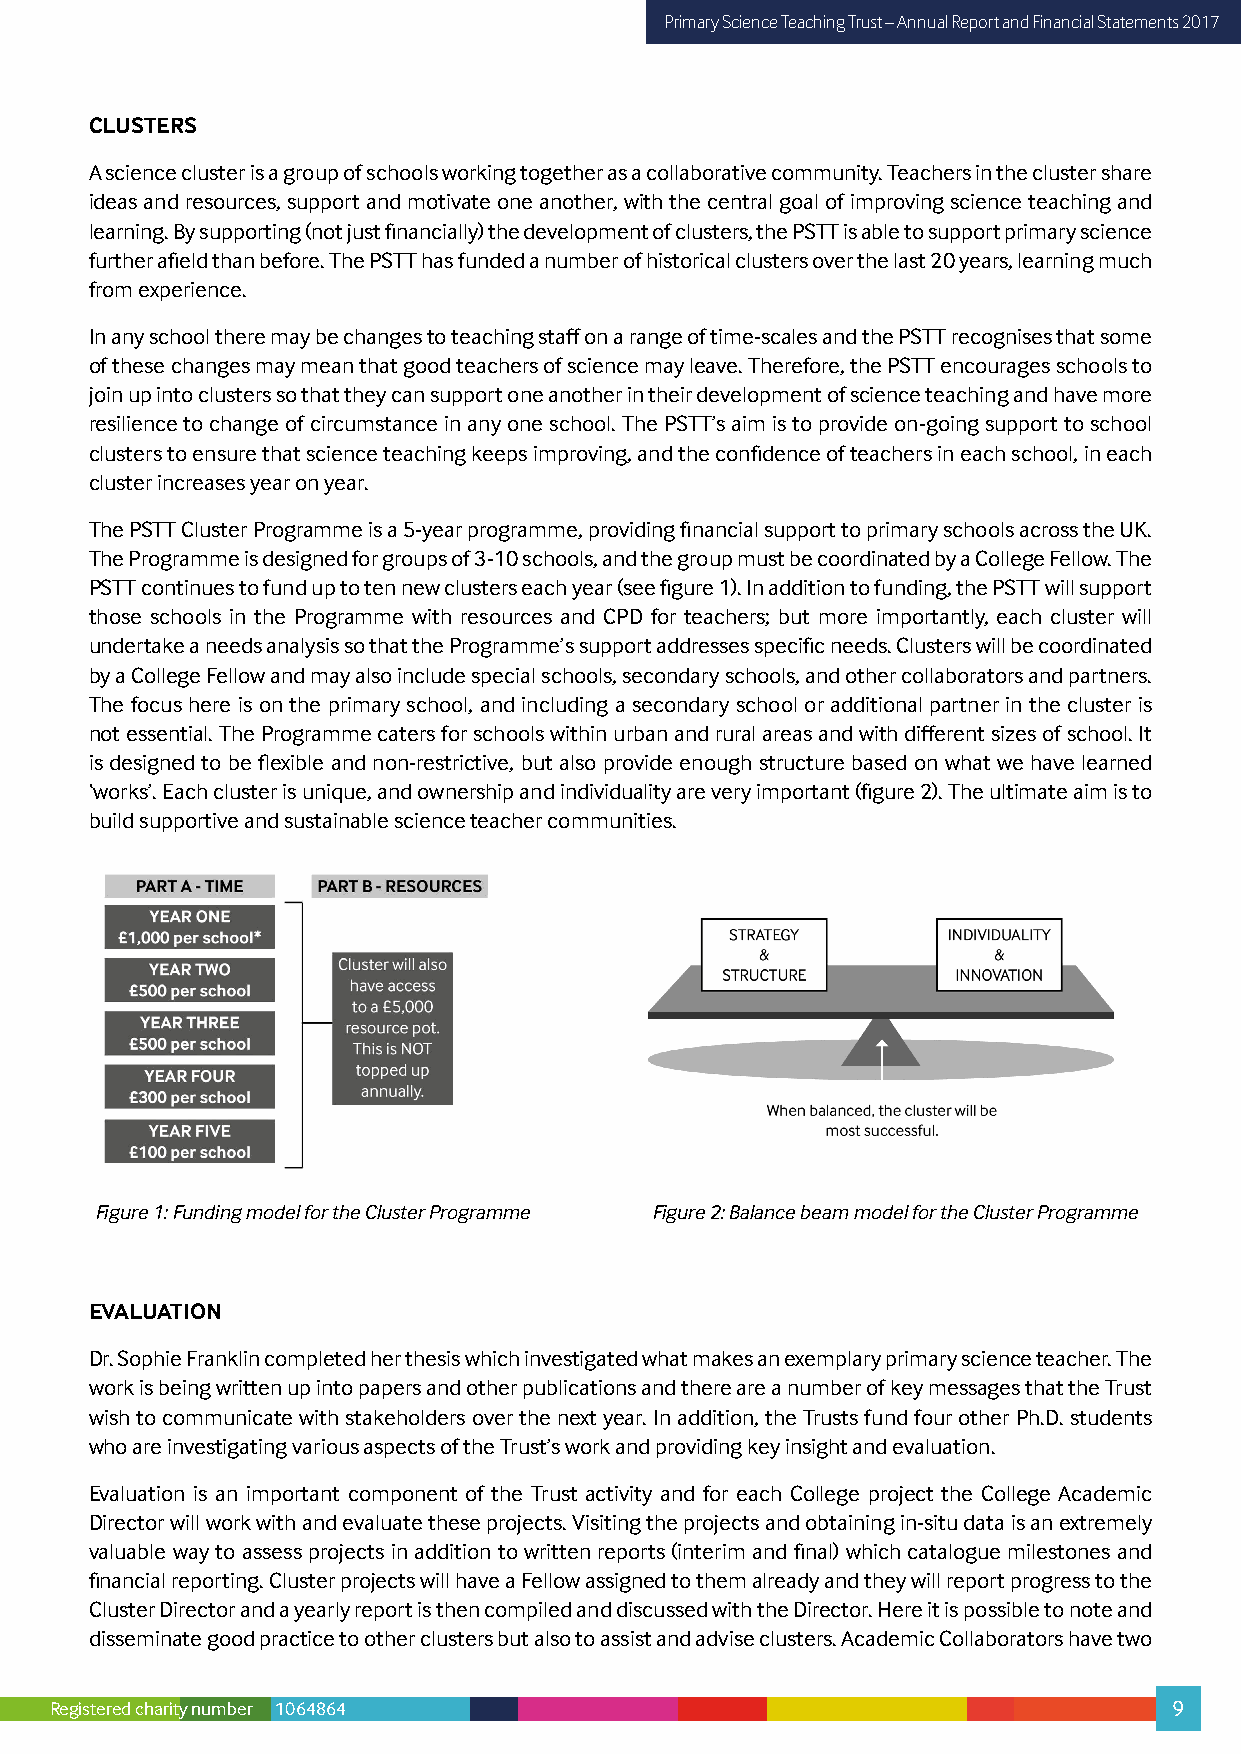
Primary Science Teaching Trust – Annual Report and Financial Statements 2017
 CLUSTERS
 A science cluster is a group of schools working together as a collaborative community. Teachers in the cluster share
 ideas and resources, support and motivate one another, with the central goal of improving science teaching and
 learning. By supporting (not just financially) the development of clusters, the PSTT is able to support primary science
 further afield than before. The PSTT has funded a number of historical clusters over the last 20 years, learning much
 from experience.
 In any school there may be changes to teaching staff on a range of time-scales and the PSTT recognises that some
 of these changes may mean that good teachers of science may leave. Therefore, the PSTT encourages schools to
 join up into clusters so that they can support one another in their development of science teaching and have more
 resilience to change of circumstance in any one school. The PSTT’s aim is to provide on-going support to school
 clusters to ensure that science teaching keeps improving, and the confidence of teachers in each school, in each
 cluster increases year on year.
 The PSTT Cluster Programme is a 5-year programme, providing financial support to primary schools across the UK.
 The Programme is designed for groups of 3-10 schools, and the group must be coordinated by a College Fellow. The
 PSTT continues to fund up to ten new clusters each year (see figure 1). In addition to funding, the PSTT will support
 those schools in the Programme with resources and CPD for teachers; but more importantly, each cluster will
 undertake a needs analysis so that the Programme’s support addresses specific needs. Clusters will be coordinated
 by a College Fellow and may also include special schools, secondary schools, and other collaborators and partners.
 The focus here is on the primary school, and including a secondary school or additional partner in the cluster is
 not essential. The Programme caters for schools within urban and rural areas and with different sizes of school. It
 is designed to be flexible and non-restrictive, but also provide enough structure based on what we have learned
 ‘works’. Each cluster is unique, and ownership and individuality are very important (figure 2). The ultimate aim is to
 build supportive and sustainable science teacher communities.
 Figure 1: Funding model for the Cluster Programme Figure 2: Balance beam model for the Cluster Programme
 EVALUATION
 Dr. Sophie Franklin completed her thesis which investigated what makes an exemplary primary science teacher. The
 work is being written up into papers and other publications and there are a number of key messages that the Trust
 wish to communicate with stakeholders over the next year. In addition, the Trusts fund four other Ph.D. students
 who are investigating various aspects of the Trust’s work and providing key insight and evaluation.
 Evaluation is an important component of the Trust activity and for each College project the College Academic
 Director will work with and evaluate these projects. Visiting the projects and obtaining in-situ data is an extremely
 valuable way to assess projects in addition to written reports (interim and final) which catalogue milestones and
 financial reporting. Cluster projects will have a Fellow assigned to them already and they will report progress to the
 Cluster Director and a yearly report is then compiled and discussed with the Director. Here it is possible to note and
 disseminate good practice to other clusters but also to assist and advise clusters. Academic Collaborators have two
 Registered charity number 1064864                                          9